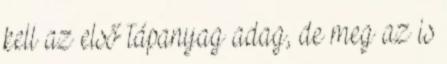
kell az első tápanyag adag, de meg az is